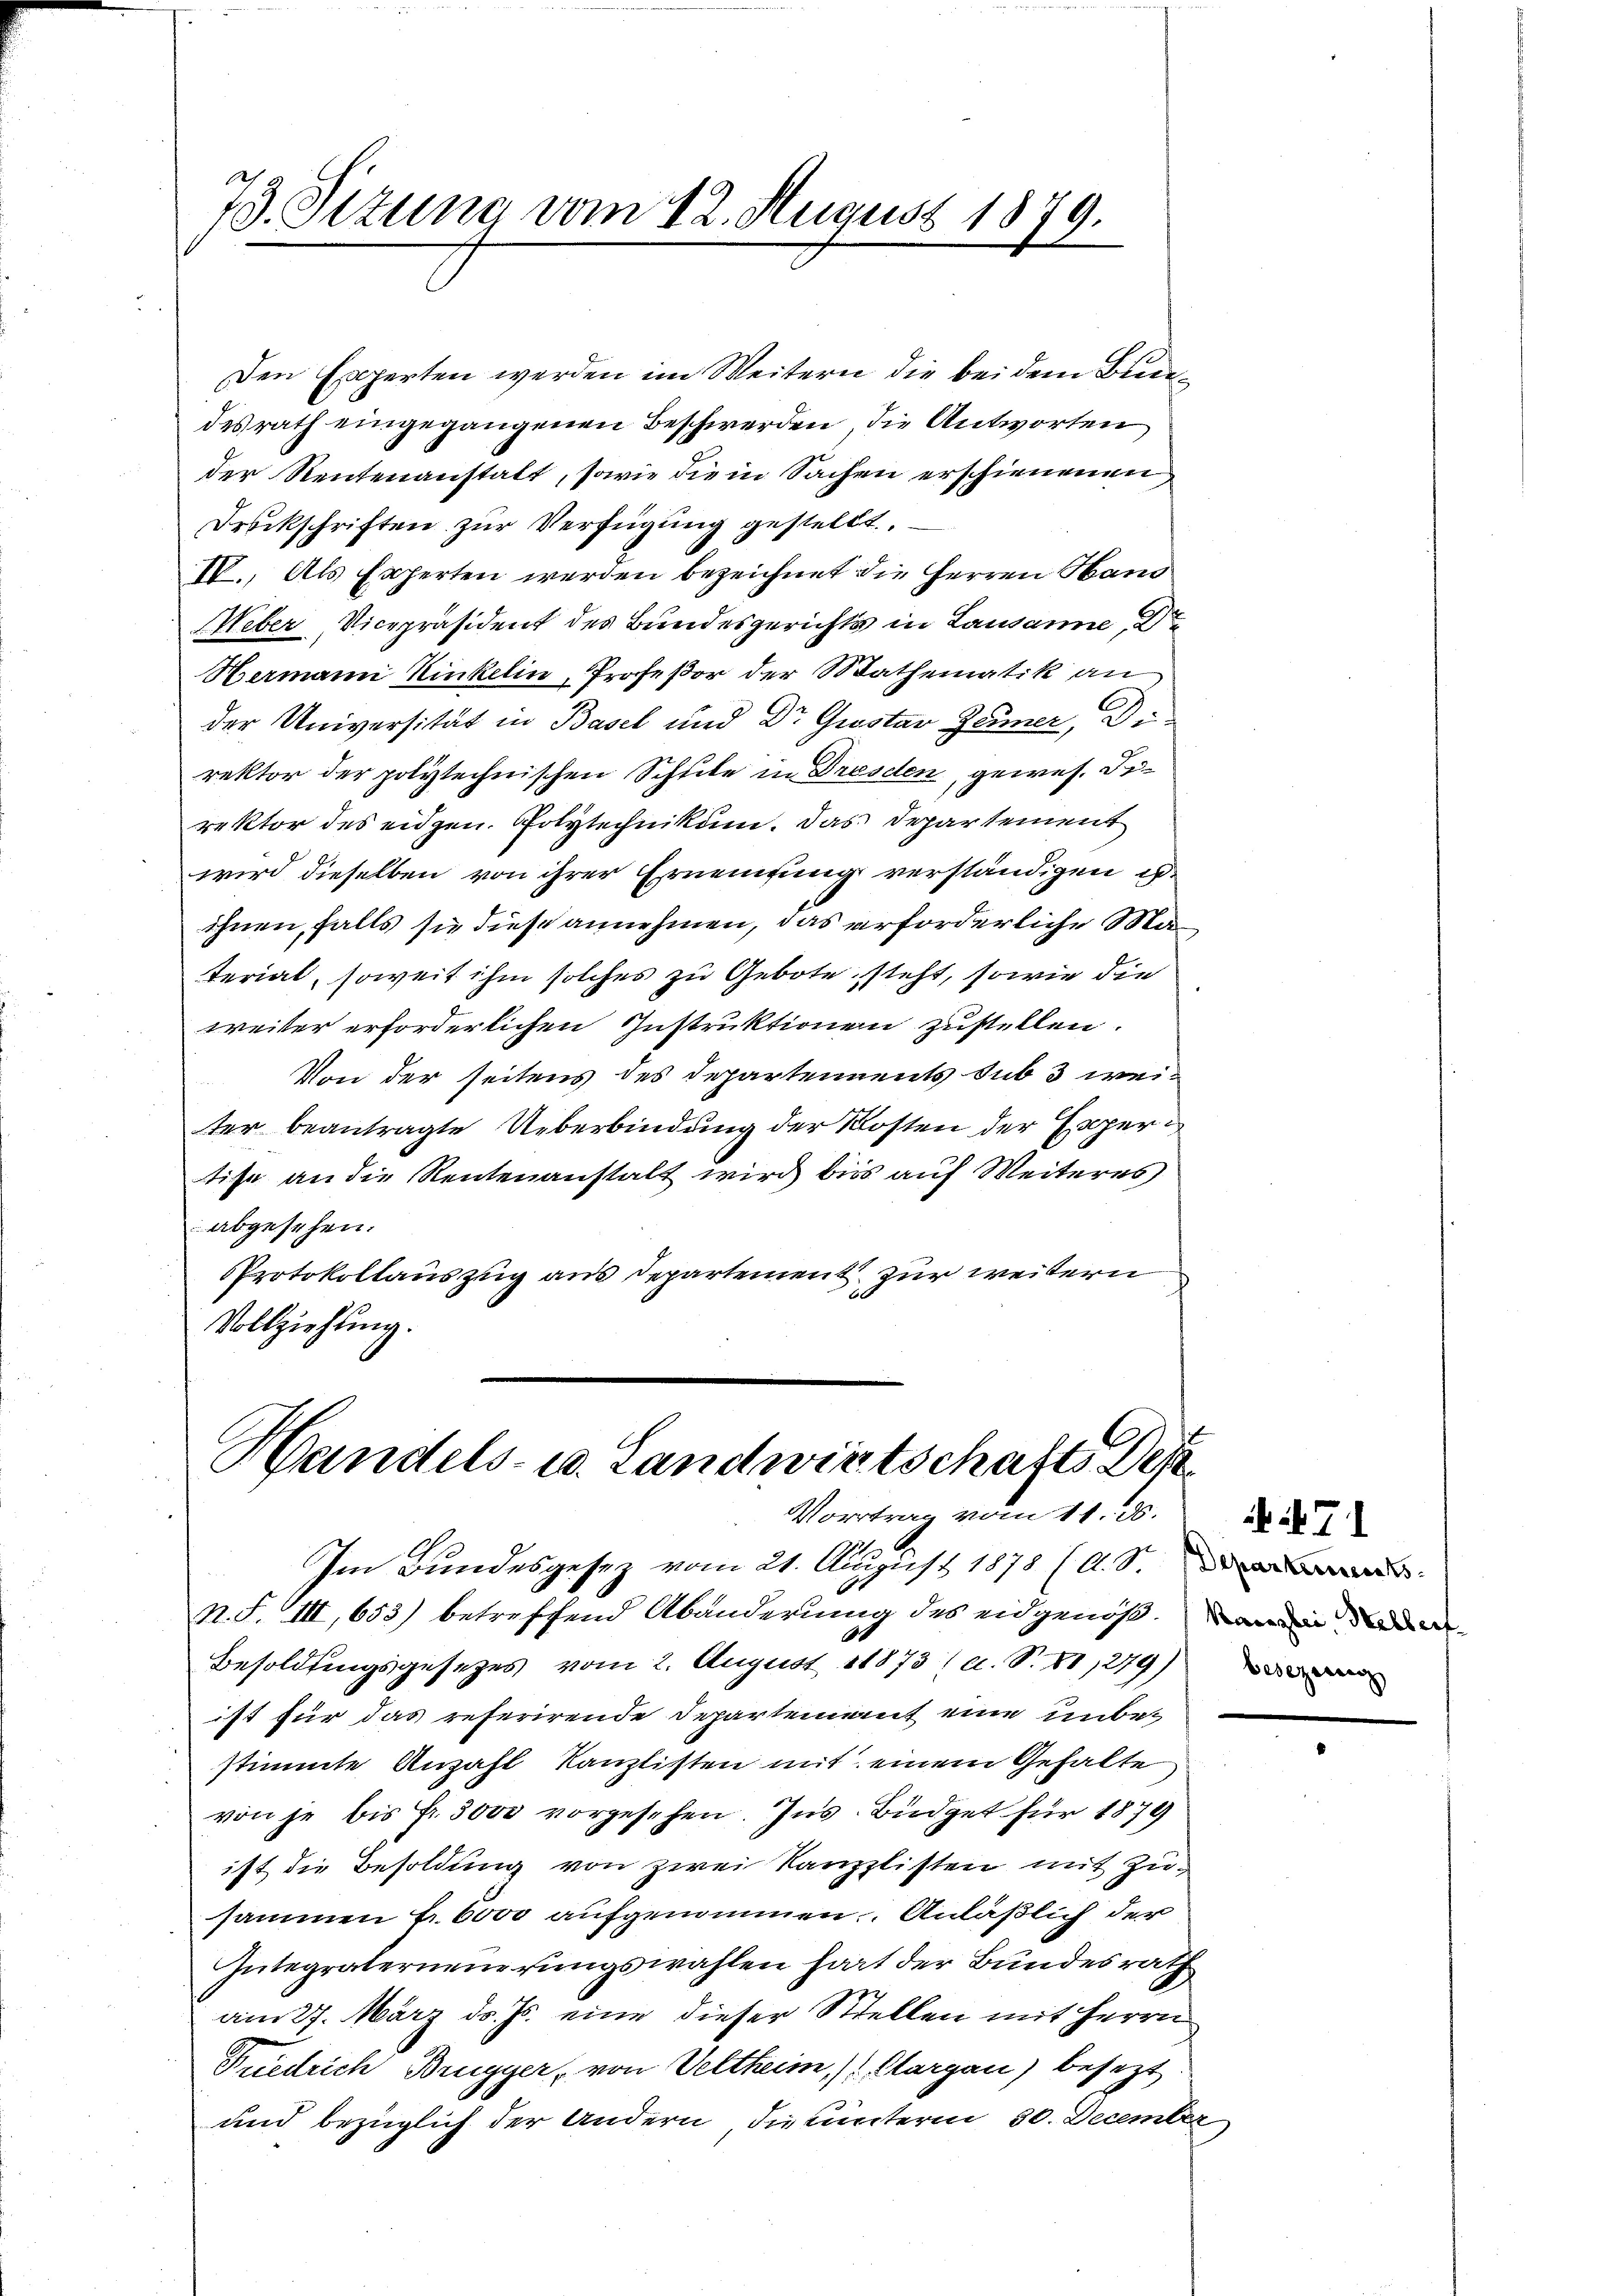
73. Sizung vom 12. August 1879.

Den Experten werden im Weitern die bei dem Bunden
desrath eingegangenen Beschwerden, die Antworten
der Rentenanstatt, sowie die in Sachen erschienenen,
Druckschriften zur Verfügung gestellt.
IV., Als Experten werden bezeichnet die Herren Haus
Weber, Vicepräsident des Bundesgerichts in Lausanne, Dr
Hermann Hinkelin, Professor der Mathematik an
der Universität in Basel und Dr Gustav Zeumer, Direktor der polytechnischen Schule in Dresden, gewes. Di-
rektor des eidgen. Polytechnikum. Das Departement
wird dieselben von ihrer Ernennung verständigen is
ihnen, falls sie diese annehmen, das erforderliche Material, soweit ihm solches zu Gebote steht, sowie die
weiter erforderlichen Instruktionen zustellen.
Von der seitens des Departements sub 3 weiter beantragte Ueberbindung der Kosten der Experi
tise an die Rentenanstalt wird bis auf Weiteres
abgesehen.
PProtokollauszug aus Departement zur weitern
Vollziehung.

Handels- u. Landwirtschafts Dep
Vortrag vom 11. ds.

Im Bundesgesez vom 21. August 1878 (A. S.
N. F. III, 653) betreffend Abänderung des eidgenößi
Besoldungsgesetzes vom 2. August 1873 (a. S. 88,279)
ist für das referirende Departement eine unbestimmte Anzahl Kanzlisten mit einem Gehalte
von je bis Fr. 3000 vorgesehen. Ins Büdget für 1879
ist die Besoldung von zwei Kanzlisten mit Zusammen f. 6000 aufgenommen. Anläßlich der
Gutegraterneuerungswahlen hart der Bundesrath
am 27. März d. Js. eine dieser Stellen mit Herrn
Friedrich Brugger, von Veltheim, / Aargau) besezt.
und bezüglich der Andern die unterm 30. December

A . 71
besezenegg